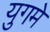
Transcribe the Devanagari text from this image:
युगमे